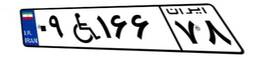
۰۹W۱۶۶۷۸